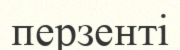
перзенті